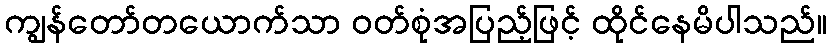
ကျွန်တော်တယောက်သာ ဝတ်စုံအပြည့်ဖြင့် ထိုင်နေမိပါသည်။